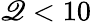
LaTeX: \mathscr{Q}<10